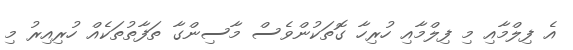
އެ ފިލްމާއި މި ފިލްމާއި ހުރިހާ ގޮތަކުންވެސް މާސިންގާ ތަފާތުތަކެއް ހުރިއިރު މި